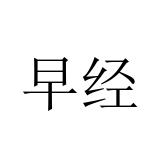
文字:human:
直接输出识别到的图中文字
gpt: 早经